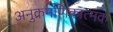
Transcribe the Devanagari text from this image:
अनुक्रमणिकात्मक